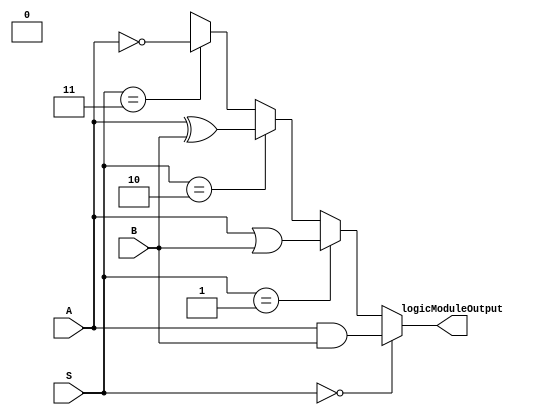
`timescale 1ns / 1ps
//////////////////////////////////////////////////////////////////////////////////
// Company: 
// Engineer: 
// 
// Design Name: 
// Module Name: LogicUnit
// Project Name: 
// Target Devices: 
// Tool Versions: 
// Description: 
// 
// Dependencies: 
// 
// Revision:
// Revision 0.01 - File Created
// Additional Comments:
// 
//////////////////////////////////////////////////////////////////////////////////


module LogicUnit(
    input [31:0] A,
    input [31:0] B,
    input [1:0] S,
    output [31:0] logicModuleOutput
    );
    
assign logicModuleOutput = (S==2'b00)?(A&B): //and
                           (S==2'b01)?(A|B): //or   
                           (S==2'b10)?(A^B): //xor   
                           (S==2'b11)?(~A): //not   
                            31'bx; //shouldnt be here, throw an x 
endmodule